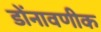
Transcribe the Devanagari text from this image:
डोंनावणीक